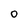
Character: O